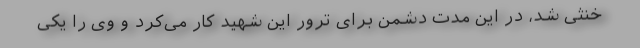
خنثی شد، در این مدت دشمن برای ترور این شهید کار می‌کرد و وی را یکی